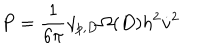
LaTeX: P = \frac { 1 } { 6 \pi } \gamma _ { p , D } \Omega ( D ) h ^ { 2 } \dot { v } ^ { 2 }